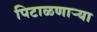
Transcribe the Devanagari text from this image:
पिटाळणाऱ्या